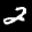
Label: 2